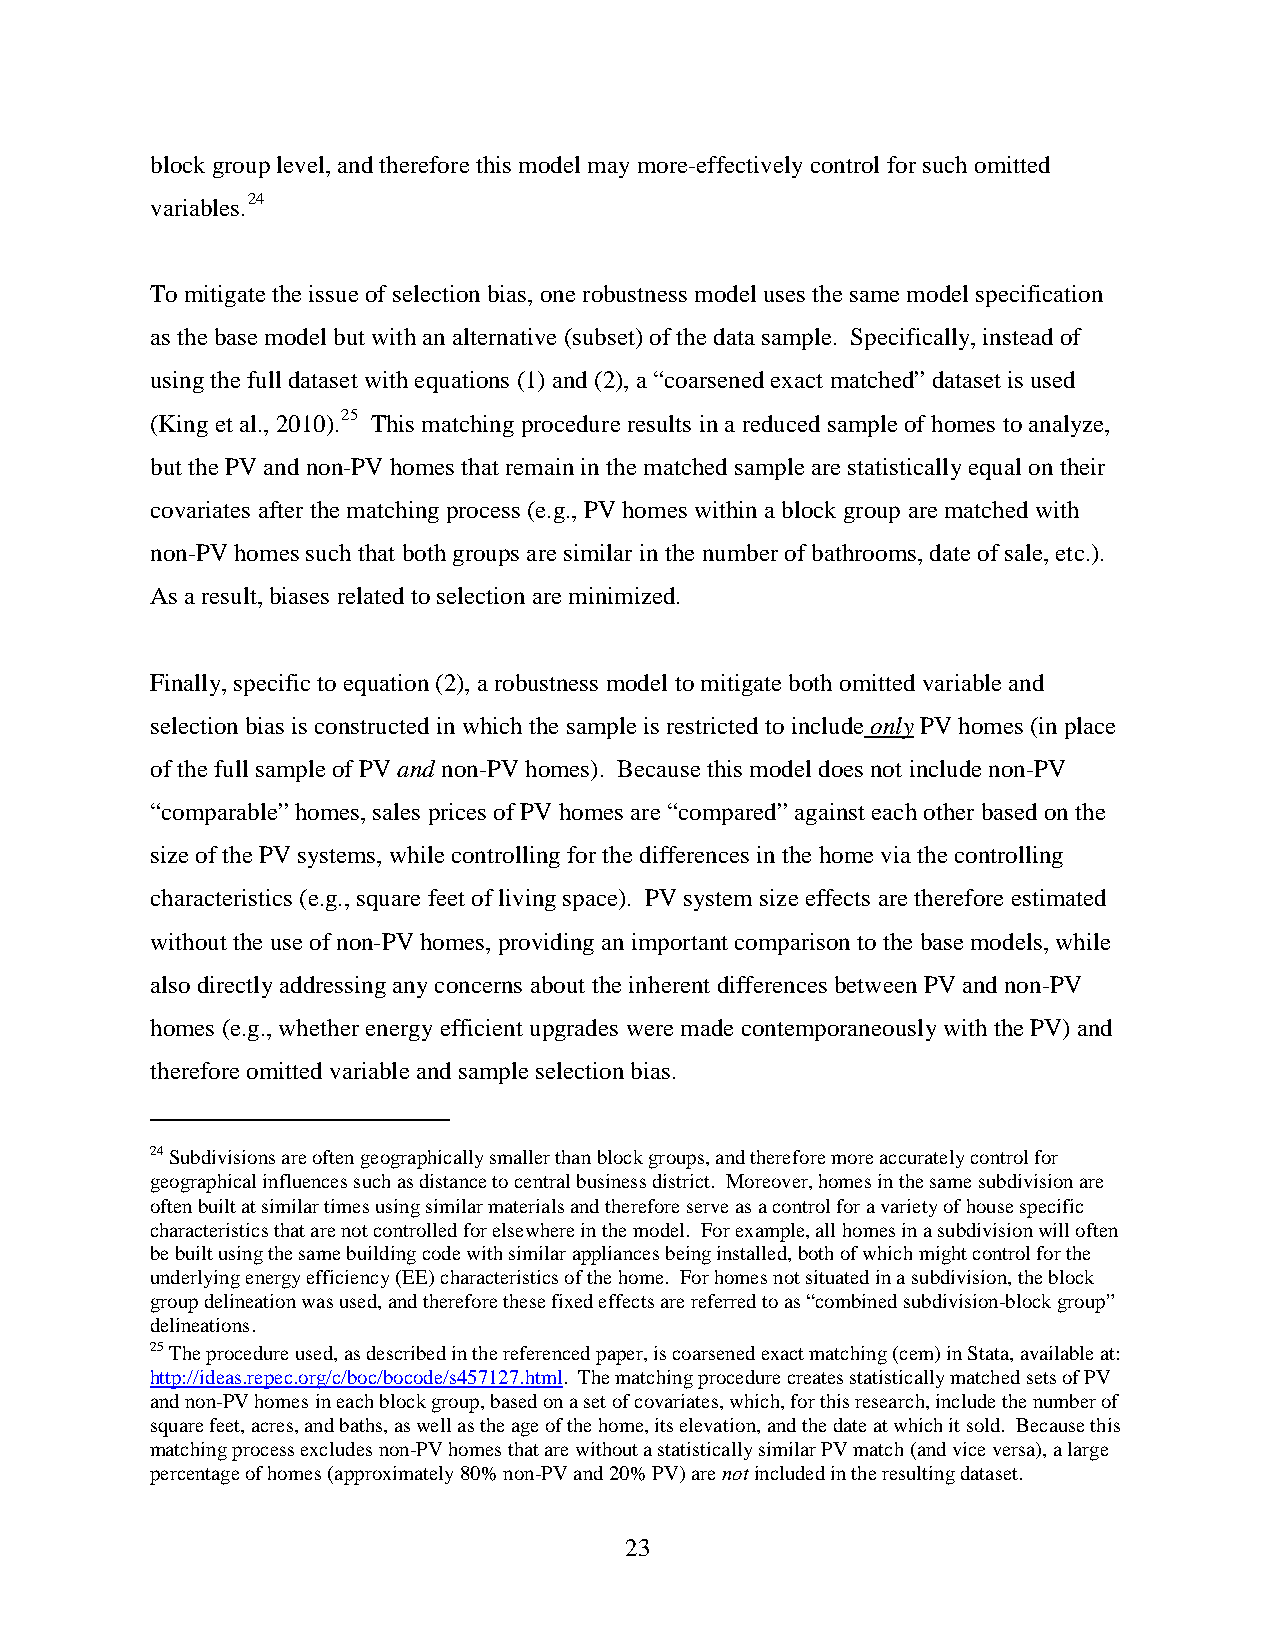
block group level, and therefore this model may more-effectively control for such omitted
 variables.24
 To mitigate the issue of selection bias, one robustness model uses the same model specification
 as the base model but with an alternative (subset) of the data sample. Specifically, instead of
 using the full dataset with equations (1) and (2), a “coarsened exact matched” dataset is used
 (King et al., 2010).25 This matching procedure results in a reduced sample of homes to analyze,
 but the PV and non-PV homes that remain in the matched sample are statistically equal on their
 covariates after the matching process (e.g., PV homes within a block group are matched with
 non-PV homes such that both groups are similar in the number of bathrooms, date of sale, etc.).
 As a result, biases related to selection are minimized.
 Finally, specific to equation (2), a robustness model to mitigate both omitted variable and
 selection bias is constructed in which the sample is restricted to include only PV homes (in place
 of the full sample of PV and non-PV homes). Because this model does not include non-PV
 “comparable” homes, sales prices of PV homes are “compared” against each other based on the
 size of the PV systems, while controlling for the differences in the home via the controlling
 characteristics (e.g., square feet of living space). PV system size effects are therefore estimated
 without the use of non-PV homes, providing an important comparison to the base models, while
 also directly addressing any concerns about the inherent differences between PV and non-PV
 homes (e.g., whether energy efficient upgrades were made contemporaneously with the PV) and
 therefore omitted variable and sample selection bias.
 24 Subdivisions are often geographically smaller than block groups, and therefore more accurately control for
 geographical influences such as distance to central business district. Moreover, homes in the same subdivision are
 often built at similar times using similar materials and therefore serve as a control for a variety of house specific
 characteristics that are not controlled for elsewhere in the model. For example, all homes in a subdivision will often
 be built using the same building code with similar appliances being installed, both of which might control for the
 underlying energy efficiency (EE) characteristics of the home. For homes not situated in a subdivision, the block
 group delineation was used, and therefore these fixed effects are referred to as “combined subdivision-block group”
 delineations.
 25 The procedure used, as described in the referenced paper, is coarsened exact matching (cem) in Stata, available at:
 http://ideas.repec.org/c/boc/bocode/s457127.html. The matching procedure creates statistically matched sets of PV
 and non-PV homes in each block group, based on a set of covariates, which, for this research, include the number of
 square feet, acres, and baths, as well as the age of the home, its elevation, and the date at which it sold. Because this
 matching process excludes non-PV homes that are without a statistically similar PV match (and vice versa), a large
 percentage of homes (approximately 80% non-PV and 20% PV) are not included in the resulting dataset.
 23